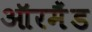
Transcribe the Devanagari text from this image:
ऑरमैंड